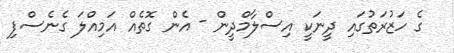
ގެ ހަޒުރަތުގައި ދީނަކީ އިސްލާމްދީން - އެެން ގޮތެއް އަމިއްލަ ގެނެސްފި